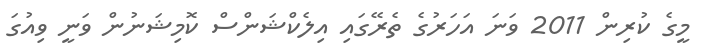
މީގެ ކުރިން 2011 ވަނަ އަހަރުގެ ތެރޭގައި އިލެކްޝަންސް ކޮމިޝަނުން ވަނީ ވިއުގަ